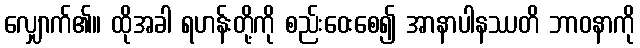
လျှောက်၏။ ထိုအခါ ရဟန်းတို့ကို စည်းဝေးစေ၍ အာနာပါနဿတိ ဘာဝနာကို